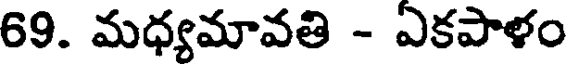
69. మధ్యమావతి - ఎకపాళం